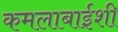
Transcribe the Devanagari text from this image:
कमलाबाईशी